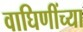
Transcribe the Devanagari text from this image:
वाघिणींच्या